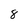
Character: 8